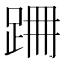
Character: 𨀢